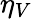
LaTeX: \eta_{V}